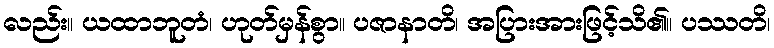
လည်း။ ယထာဘူတံ၊ ဟုတ်မှန်စွာ။ ပဇာနာတိ၊ အပြားအားဖြင့်သိ၏။ ပဿတိ၊